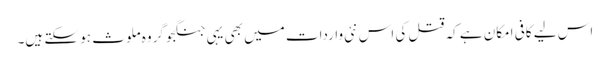
اس لیے کافی امکان ہے کہ قتل کی اس نئی واردات میں بھی یہی جنگجو گروہ ملوث ہو سکتے ہیں۔